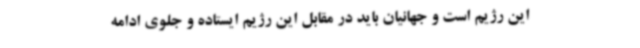
این رژیم است و جهانیان باید در مقابل این رژیم ایستاده و جلوی ادامه